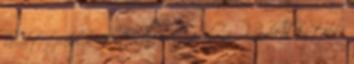
bevált trükk a melltartó pántjával: nem kandikál ki többé